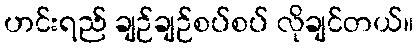
ဟင်းရည် ချဉ်ချဉ်စပ်စပ် လိုချင်တယ်။